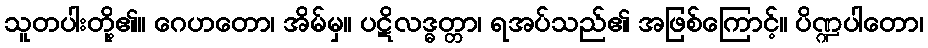
သူတပါးတို့၏။ ဂေဟတော၊ အိမ်မှ။ ပဋိလဒ္ဓတ္တာ၊ ရအပ်သည်၏ အဖြစ်ကြောင့်။ ပိဏ္ဍပါတော၊